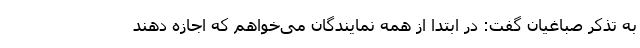
به تذکر صباغیان گفت: در ابتدا از همه نمایندگان می‌خواهم که اجازه دهند